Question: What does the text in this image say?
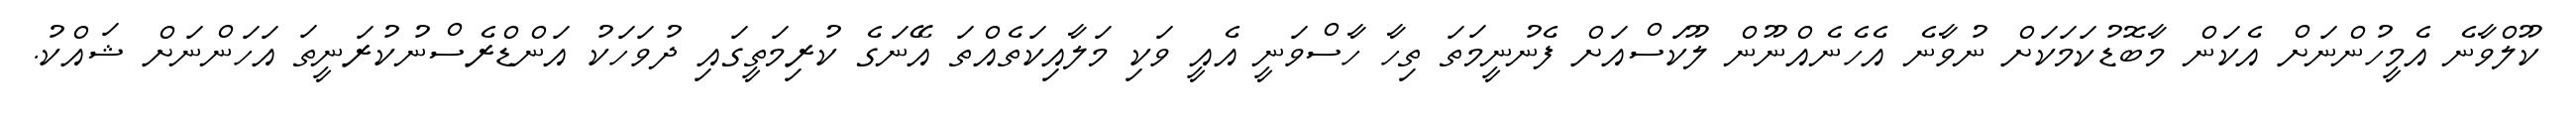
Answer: ކޫލްވާނެ އެމީހުންނަށް އެކަން މާބޮޑުކަމަކަށް ނުވާނެ އެހެނެއްނޫން ލޫކަސްއަށް ފެނުނީމަތަ ތިހާ ހާސްވަނީ އެއީ ވަކި މަލާއިކަތެއްތަ އޭނަގެ ކުރިމަތީގައި ދުވަހަކު އަންޑްރެސްނުކުރަނީތަ އަހަންނަށް ޝައްކު.